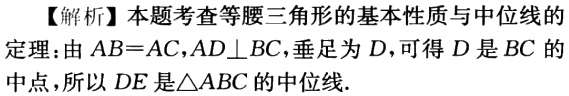
【解析】本题考查等腰三角形的基本性质与中位线的
定理:由\(AB = AC,AD\perp BC\),垂足为\(D\),可得\(D\)是\(BC\)的
中点,所以\(DE\)是\(\triangle ABC\)的中位线.